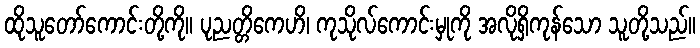
ထိုသူတော်ကောင်းတို့ကို။ ပုညတ္တိကေဟိ၊ ကုသိုလ်ကောင်းမှုကို အလိုရှိကုန်သော သူတို့သည်။